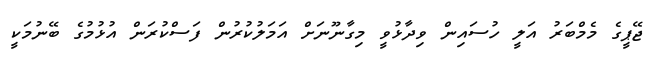
ޖޭޕީގެ މެމްބަރު އަލީ ހުސައިން ވިދާޅުވީ މިގާނޫނަށް އަމަލުކުރުން ފަސްކުރަން އުޅުމުގެ ބޭނުމަކީ